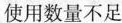
使用数量不足